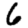
Digit: 6